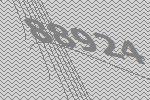
88924